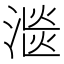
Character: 㴴